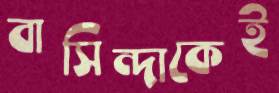
বাসিন্দাকেই